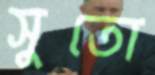
সুতো